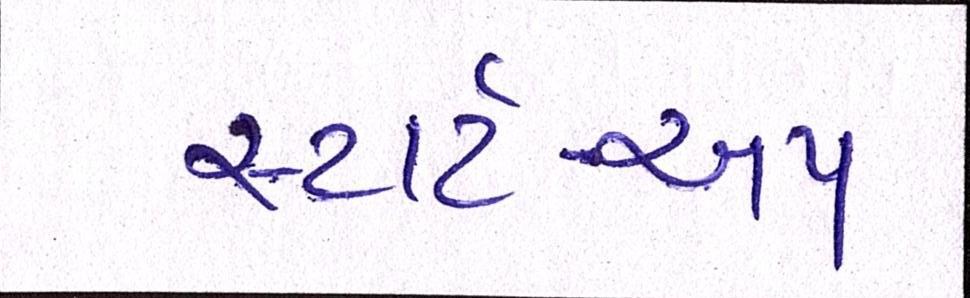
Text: સ્ટાર્ટ-અપ